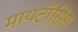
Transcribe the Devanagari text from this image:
मायटॉसिस